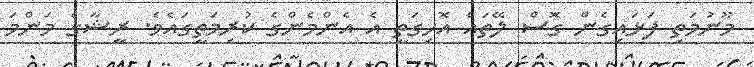
މޫނުމަތި ފަޅައިގެން ގޮސް ލޭތައް އޮހިގަތީ އެ އެންމެންގެ ކުރިމަތީގައެވެ. ރީޝާގެ މަންމަ